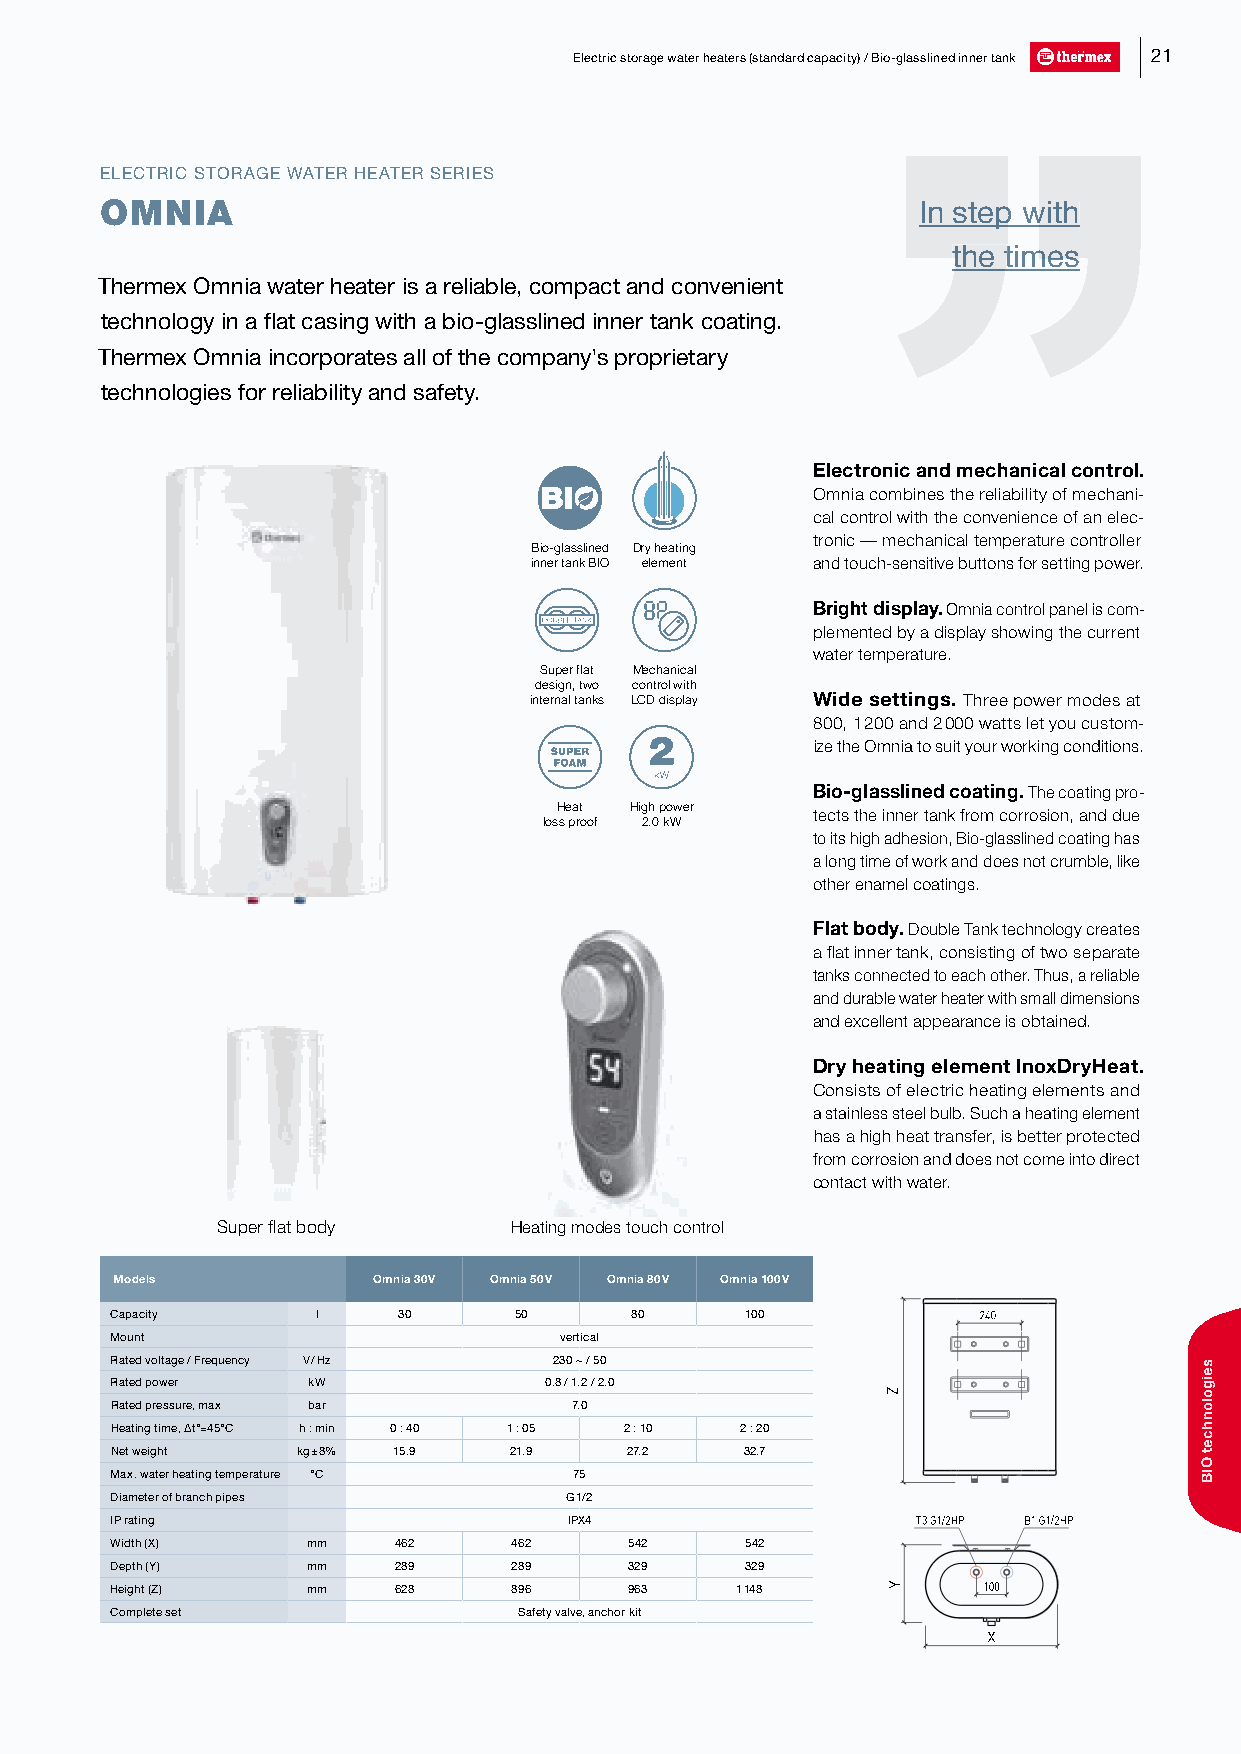
Electric storage water heaters (standard capacity) / Bio-glasslined inner tank 21
 ELECTRIC STORAGE WATER HEATER SERIES
 OMNIA                                                 IIIIInnnnn sssssttttteeeeeppppp wwwwwiiiiittttthhhhh
 ttthhheee tttiiimmmeeesss
 Thermex Omnia water heater is a reliable, compact and convenient
 technology in a flat casing with a bio-glasslined inner tank coating.
 Thermex Omnia incorporates all of the company's proprietary
 technologies for reliability and safety.
 Electronic and mechanical control.
 Omnia combines the reliability of mechani-
 cal control with the convenience of an elec-
 tronic — mechanical temperature controller
 Bio-glasslined Dry heating
 inner tank BIO element and touch-sensitive buttons for setting power.
 Bright display. Omnia control panel is com-
 plemented by a display showing the current
 water temperature.
 Super flat Mechanical
 design, two control with
 internal tanks LCD display Wide settings. Three power modes at
 800, 1 200 and 2 000 watts let you custom-
 ize the Omnia to suit your working conditions.
 Bio-glasslined coating. The coating pro-
 Heat High power
 tects the inner tank from corrosion, and due
 loss proof 2.0 kW
 to its high adhesion, Bio-glasslined coating has
 a long time of work and does not crumble, like
 other enamel coatings.
 Flat body. Double Tank technology creates
 a flat inner tank, consisting of two separate
 tanks connected to each other. Thus, a reliable
 and durable water heater with small dimensions
 and excellent appearance is obtained.
 Dry heating element InoxDryHeat.
 Consists of electric heating elements and
 a stainless steel bulb. Such a heating element
 has a high heat transfer, is better protected
 from corrosion and does not come into direct
 contact with water.
 Super flat body     Heating modes touch control
 Models           Omnia 30 V Omnia 50 V Omnia 80 V Omnia 100 V
 Capacity      l    30      50      80     100             240
 Mount                         vertical
 Rated voltage / Frequency V / Hz 230 ~ / 50
 Rated power  kW              0.8 / 1.2 / 2.0
 Rated pressure, max bar        7.0
 Heating time, ∆t°=45°C h : min 0 : 40 1 : 05 2 : 10 2 : 20
 Net weight   kg ± 8% 15.9  21.9   27.2    32.7
 Max. water heating temperature °С 75
 Diameter of branch pipes      G 1/2
 IP rating                      IPX4                   T3G1/2HP B1G1/2HP
 Width (X)    mm    462     462     542    542
 Depth (Y)    mm    289     289     329    329
 Height (Z)   mm    628     896     963    1 148           100
 Complete set               Safety valve, anchor kit
 X
 Z
 Y
 seigolonhcet
 OIB